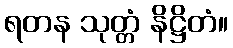
ရတန သုတ္တံ နိဋ္ဌိတံ။